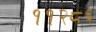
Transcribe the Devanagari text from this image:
११२८६